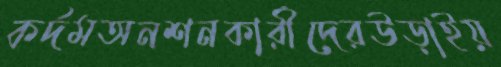
কর্দমঅনশনকারীদেরউড়াইয়